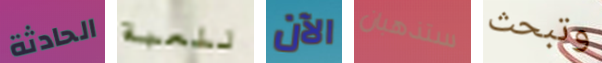
الحادثة للعبة الآن ستذهبان وتبحث